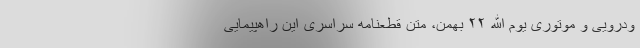
ودرویی و موتوری یوم الله ۲۲ بهمن، متن قطعنامه سراسری این راهپیمایی